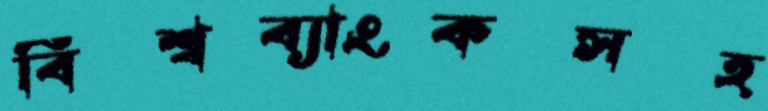
বিশ্বব্যাংকসহ